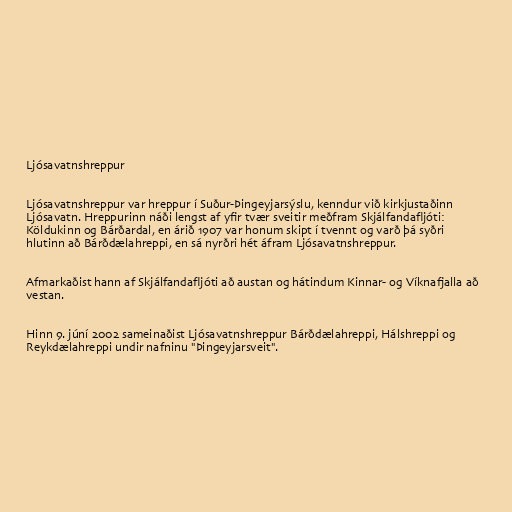
Ljósavatnshreppur

Ljósavatnshreppur var hreppur í Suður-Þingeyjarsýslu, kenndur við kirkjustaðinn
Ljósavatn. Hreppurinn náði lengst af yfir tvær sveitir meðfram Skjálfandafljóti:
Köldukinn og Bárðardal, en árið 1907 var honum skipt í tvennt og varð þá syðri
hlutinn að Bárðdælahreppi, en sá nyrðri hét áfram Ljósavatnshreppur.

Afmarkaðist hann af Skjálfandafljóti að austan og hátindum Kinnar- og Víknafjalla að
vestan.

Hinn 9. júní 2002 sameinaðist Ljósavatnshreppur Bárðdælahreppi, Hálshreppi og
Reykdælahreppi undir nafninu "Þingeyjarsveit".